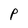
Character: p